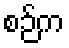
စဉ်က